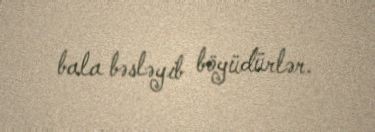
bala bəsləyib böyüdürlər.